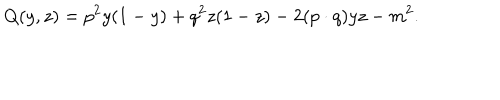
LaTeX: Q ( y , z ) = p ^ { 2 } y ( 1 - y ) + q ^ { 2 } z ( 1 - z ) - 2 ( p \cdot q ) y z - m ^ { 2 } .